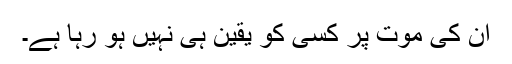
ان کی موت پر کسی کو یقین ہی نہیں ہو رہا ہے۔